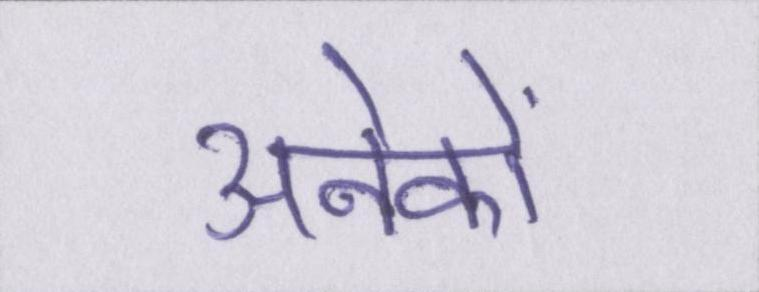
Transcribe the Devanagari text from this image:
अनेकों